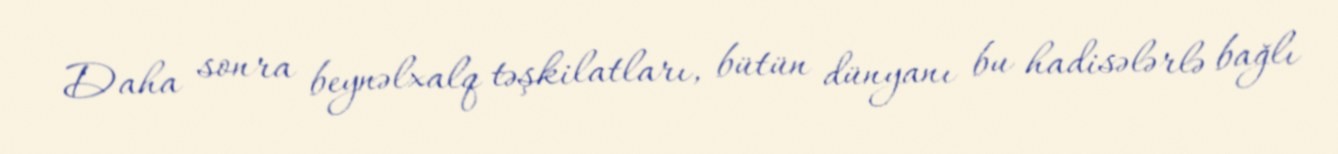
Daha sonra beynəlxalq təşkilatları, bütün dünyanı bu hadisələrlə bağlı